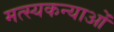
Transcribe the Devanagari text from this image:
मत्स्यकन्याओं